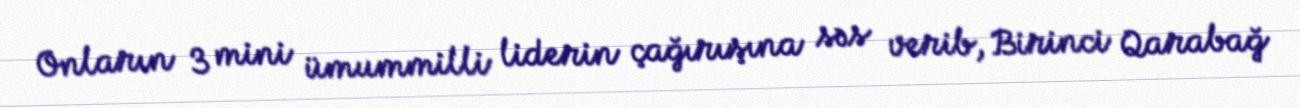
Onların 3 mini ümummilli liderin çağırışına səs verib, Birinci Qarabağ